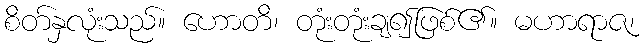
စိတ်နှလုံးသည်။ ဟောတိ၊ တုံးတုံးချ၍ဖြစ်၏။ မဟာရာဇ၊